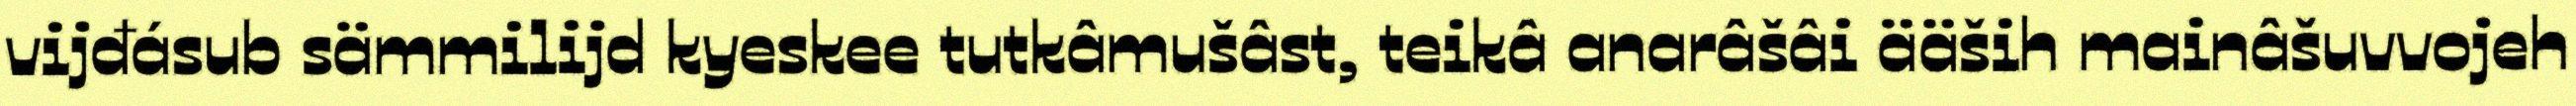
vijđásub sämmilijd kyeskee tutkâmušâst, teikâ anarâšâi ääših mainâšuvvojeh